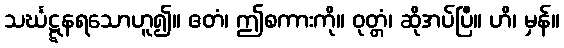
သင်္ဃဋ္ဋနရသောဟူ၍။ ဧတံ၊ ဤစကားကို။ ဝုတ္တံ၊ ဆိုအပ်ပြီ။ ဟိ၊ မှန်။